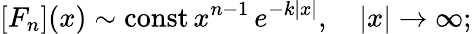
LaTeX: [F_{n}](x)\sim\mathrm{const}\, x^{n-1}\, e^{-k|x|},\quad|x|\to\infty;